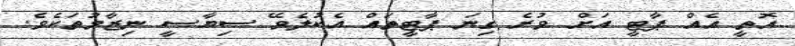
އޮތީ އެއް ޕާޓީ އަށް ވުރެ ގިނަ ޕާޓީތައް އެކުލެވޭ ސިޔާސީ ނިޒާމުތަކެވެ.